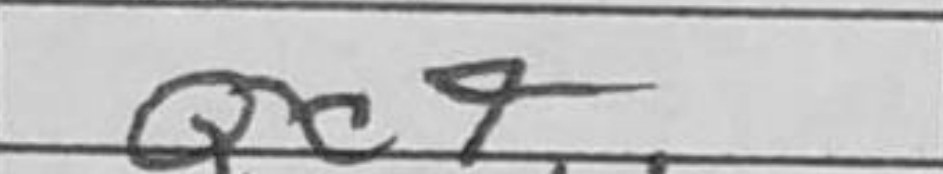
Transcription: Qc7